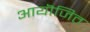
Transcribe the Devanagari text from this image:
आयॊजित